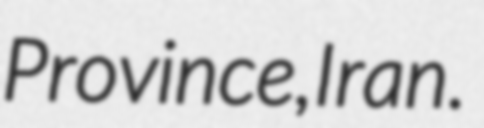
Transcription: Province, Iran.